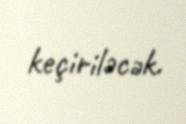
keçiriləcək.